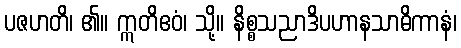
ပဇဟတိ၊ ၏။ ဣတိဧဝံ၊ သို့။ နိစ္စသညာဒိပဟာနသာဓိကာနံ၊